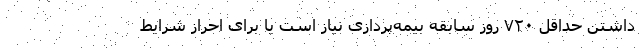
داشتن حداقل ۷۲۰ روز سابقه بیمه‌پردازی نیاز است یا برای احراز شرایط